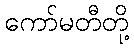
ကော်မတီတို့